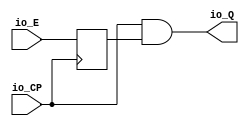
module CKLNQD12( // @[:@3.2]
  input   io_CP, // @[:@6.4]
  input   io_E, // @[:@6.4]
  output  io_Q // @[:@6.4]
);
  wire  _T_13; // @[CKLNQD12.scala 16:21:@8.4]
  wire  _T_16; // @[CKLNQD12.scala 16:14:@10.4]
  wire  _T_17; // @[CKLNQD12.scala 16:36:@11.4]
  reg  _T_20; // @[CKLNQD12.scala 17:21:@13.4]
  reg [31:0] _RAND_0;
  wire  _T_23; // @[CKLNQD12.scala 18:34:@17.4]
  assign _T_13 = $unsigned(io_CP); // @[CKLNQD12.scala 16:21:@8.4]
  assign _T_16 = _T_13 == 1'h0; // @[CKLNQD12.scala 16:14:@10.4]
  assign _T_17 = _T_16; // @[CKLNQD12.scala 16:36:@11.4]
  assign _T_23 = _T_13 & _T_20; // @[CKLNQD12.scala 18:34:@17.4]
  assign io_Q = _T_23; // @[CKLNQD12.scala 18:10:@19.4]
`ifdef RANDOMIZE_GARBAGE_ASSIGN
`define RANDOMIZE
`endif
`ifdef RANDOMIZE_INVALID_ASSIGN
`define RANDOMIZE
`endif
`ifdef RANDOMIZE_REG_INIT
`define RANDOMIZE
`endif
`ifdef RANDOMIZE_MEM_INIT
`define RANDOMIZE
`endif
`ifndef RANDOM
`define RANDOM $random
`endif
`ifdef RANDOMIZE
  integer initvar;
  initial begin
    `ifdef INIT_RANDOM
      `INIT_RANDOM
    `endif
    `ifndef VERILATOR
      #0.002 begin end
    `endif
  `ifdef RANDOMIZE_REG_INIT
  _RAND_0 = {1{`RANDOM}};
  _T_20 = _RAND_0[0:0];
  `endif // RANDOMIZE_REG_INIT
  end
`endif // RANDOMIZE
  always @(posedge _T_17) begin
    _T_20 <= io_E;
  end
endmodule
module NV_CLK_gate_power( // @[:@21.2]
  input   io_clk, // @[:@24.4]
  input   io_clk_en, // @[:@24.4]
  output  io_clk_gated // @[:@24.4]
);
  wire  p_clkgate_io_CP; // @[NV_CLK_gate_power.scala 18:27:@26.4]
  wire  p_clkgate_io_E; // @[NV_CLK_gate_power.scala 18:27:@26.4]
  wire  p_clkgate_io_Q; // @[NV_CLK_gate_power.scala 18:27:@26.4]
  CKLNQD12 p_clkgate ( // @[NV_CLK_gate_power.scala 18:27:@26.4]
    .io_CP(p_clkgate_io_CP),
    .io_E(p_clkgate_io_E),
    .io_Q(p_clkgate_io_Q)
  );
  assign io_clk_gated = p_clkgate_io_Q; // @[NV_CLK_gate_power.scala 22:18:@32.4]
  assign p_clkgate_io_CP = io_clk; // @[NV_CLK_gate_power.scala 20:21:@30.4]
  assign p_clkgate_io_E = io_clk_en; // @[NV_CLK_gate_power.scala 21:20:@31.4]
endmodule
module NV_NVDLA_fifo_gate( // @[:@34.2]
  input         clock, // @[:@35.4]
  input         reset, // @[:@36.4]
  input         io_clk, // @[:@37.4]
  input         io_reset_, // @[:@37.4]
  input         io_wr_pvld, // @[:@37.4]
  output        io_wr_prdy, // @[:@37.4]
  input         io_wr_pd, // @[:@37.4]
  output        io_rd_pvld, // @[:@37.4]
  input         io_rd_prdy, // @[:@37.4]
  output        io_rd_pd, // @[:@37.4]
  input  [31:0] io_pwrbus_ram_pd // @[:@37.4]
);
  wire  NV_CLK_gate_power_io_clk; // @[FIFO_gate.scala 70:27:@41.4]
  wire  NV_CLK_gate_power_io_clk_en; // @[FIFO_gate.scala 70:27:@41.4]
  wire  NV_CLK_gate_power_io_clk_gated; // @[FIFO_gate.scala 70:27:@41.4]
  wire  _T_24; // @[FIFO_gate.scala 57:27:@39.4]
  reg  _T_29; // @[FIFO_gate.scala 99:32:@46.4]
  reg [31:0] _RAND_0;
  reg  _T_34; // @[FIFO_gate.scala 105:34:@49.4]
  reg [31:0] _RAND_1;
  reg  _T_37; // @[FIFO_gate.scala 108:58:@51.4]
  reg [31:0] _RAND_2;
  reg  _T_55; // @[FIFO_gate.scala 125:36:@63.4]
  reg [31:0] _RAND_3;
  wire  _T_56; // @[FIFO_gate.scala 126:37:@64.4]
  wire  _T_58; // @[FIFO_gate.scala 126:57:@65.4]
  wire  _T_59; // @[FIFO_gate.scala 126:54:@66.4]
  wire  _T_61; // @[FIFO_gate.scala 126:24:@67.4]
  wire  _T_39; // @[FIFO_gate.scala 110:58:@52.4]
  wire  _T_40; // @[FIFO_gate.scala 110:55:@53.4]
  wire  _T_49; // @[FIFO_gate.scala 116:41:@59.4]
  reg  _T_52; // @[FIFO_gate.scala 124:28:@62.4]
  reg [31:0] _RAND_4;
  wire  _T_64; // @[FIFO_gate.scala 127:31:@70.4]
  wire  _T_66; // @[FIFO_gate.scala 129:14:@71.4]
  wire  _T_67; // @[FIFO_gate.scala 129:27:@72.4]
  wire  _GEN_0; // @[FIFO_gate.scala 129:42:@73.4]
  wire  _T_71; // @[FIFO_gate.scala 134:27:@79.4]
  wire  _T_79; // @[Mux.scala 46:19:@84.6]
  wire  _T_80; // @[Mux.scala 46:16:@85.6]
  wire  _T_82; // @[FIFO_gate.scala 143:42:@89.4]
  wire  _T_83; // @[FIFO_gate.scala 142:54:@90.4]
  wire  _T_84; // @[FIFO_gate.scala 144:44:@91.4]
  NV_CLK_gate_power NV_CLK_gate_power ( // @[FIFO_gate.scala 70:27:@41.4]
    .io_clk(NV_CLK_gate_power_io_clk),
    .io_clk_en(NV_CLK_gate_power_io_clk_en),
    .io_clk_gated(NV_CLK_gate_power_io_clk_gated)
  );
  assign _T_24 = io_reset_ == 1'h0; // @[FIFO_gate.scala 57:27:@39.4]
  assign _T_56 = _T_37 & _T_55; // @[FIFO_gate.scala 126:37:@64.4]
  assign _T_58 = _T_29 == 1'h0; // @[FIFO_gate.scala 126:57:@65.4]
  assign _T_59 = _T_56 & _T_58; // @[FIFO_gate.scala 126:54:@66.4]
  assign _T_61 = _T_59 == 1'h0; // @[FIFO_gate.scala 126:24:@67.4]
  assign _T_39 = _T_61 == 1'h0; // @[FIFO_gate.scala 110:58:@52.4]
  assign _T_40 = _T_37 & _T_39; // @[FIFO_gate.scala 110:55:@53.4]
  assign _T_49 = io_wr_pvld | _T_40; // @[FIFO_gate.scala 116:41:@59.4]
  assign _T_64 = _T_39 ? _T_37 : io_wr_pvld; // @[FIFO_gate.scala 127:31:@70.4]
  assign _T_66 = _T_34 == 1'h0; // @[FIFO_gate.scala 129:14:@71.4]
  assign _T_67 = _T_66 | io_rd_prdy; // @[FIFO_gate.scala 129:27:@72.4]
  assign _GEN_0 = _T_67 ? _T_64 : _T_34; // @[FIFO_gate.scala 129:42:@73.4]
  assign _T_71 = _T_64 & _T_67; // @[FIFO_gate.scala 134:27:@79.4]
  assign _T_79 = 1'h0 == _T_39; // @[Mux.scala 46:19:@84.6]
  assign _T_80 = _T_79 ? io_wr_pd : 1'h0; // @[Mux.scala 46:16:@85.6]
  assign _T_82 = _T_34 & _T_29; // @[FIFO_gate.scala 143:42:@89.4]
  assign _T_83 = io_wr_pvld | _T_82; // @[FIFO_gate.scala 142:54:@90.4]
  assign _T_84 = _T_37 & _T_61; // @[FIFO_gate.scala 144:44:@91.4]
  assign io_wr_prdy = 1'h0; // @[FIFO_gate.scala 145:20:@95.4]
  assign io_rd_pvld = _T_34; // @[FIFO_gate.scala 106:20:@50.4]
  assign io_rd_pd = _T_52; // @[FIFO_gate.scala 141:18:@88.4]
  assign NV_CLK_gate_power_io_clk = io_clk; // @[FIFO_gate.scala 71:22:@44.4]
  assign NV_CLK_gate_power_io_clk_en = _T_83 | _T_84; // @[FIFO_gate.scala 72:25:@45.4]
`ifdef RANDOMIZE_GARBAGE_ASSIGN
`define RANDOMIZE
`endif
`ifdef RANDOMIZE_INVALID_ASSIGN
`define RANDOMIZE
`endif
`ifdef RANDOMIZE_REG_INIT
`define RANDOMIZE
`endif
`ifdef RANDOMIZE_MEM_INIT
`define RANDOMIZE
`endif
`ifndef RANDOM
`define RANDOM $random
`endif
`ifdef RANDOMIZE
  integer initvar;
  initial begin
    `ifdef INIT_RANDOM
      `INIT_RANDOM
    `endif
    `ifndef VERILATOR
      #0.002 begin end
    `endif
  `ifdef RANDOMIZE_REG_INIT
  _RAND_0 = {1{`RANDOM}};
  _T_29 = _RAND_0[0:0];
  `endif // RANDOMIZE_REG_INIT
  `ifdef RANDOMIZE_REG_INIT
  _RAND_1 = {1{`RANDOM}};
  _T_34 = _RAND_1[0:0];
  `endif // RANDOMIZE_REG_INIT
  `ifdef RANDOMIZE_REG_INIT
  _RAND_2 = {1{`RANDOM}};
  _T_37 = _RAND_2[0:0];
  `endif // RANDOMIZE_REG_INIT
  `ifdef RANDOMIZE_REG_INIT
  _RAND_3 = {1{`RANDOM}};
  _T_55 = _RAND_3[0:0];
  `endif // RANDOMIZE_REG_INIT
  `ifdef RANDOMIZE_REG_INIT
  _RAND_4 = {1{`RANDOM}};
  _T_52 = _RAND_4[0:0];
  `endif // RANDOMIZE_REG_INIT
  end
`endif // RANDOMIZE
  always @(posedge io_clk) begin
    if (_T_24) begin
      _T_29 <= 1'h1;
    end else begin
      _T_29 <= io_rd_prdy;
    end
    if (_T_24) begin
      _T_34 <= 1'h0;
    end else begin
      if (_T_67) begin
        if (_T_39) begin
          _T_34 <= _T_37;
        end else begin
          _T_34 <= io_wr_pvld;
        end
      end
    end
    if (_T_24) begin
      _T_55 <= 1'h0;
    end else begin
      _T_55 <= _T_34;
    end
    if (_T_71) begin
      if (_T_79) begin
        _T_52 <= io_wr_pd;
      end else begin
        _T_52 <= 1'h0;
      end
    end
  end
  always @(posedge NV_CLK_gate_power_io_clk_gated) begin
    if (_T_24) begin
      _T_37 <= 1'h0;
    end else begin
      _T_37 <= _T_49;
    end
  end
endmodule